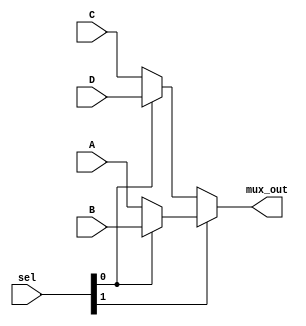
module four_to1_mux (A, B, C, D, sel, mux_out);
input [2:0] A, B, C, D;
input [1:0] sel;
output [2:0] mux_out;


wire [2:0] w1, w2;

assign w1 = sel[0] ? D : C;
assign w2 = sel[0] ? B : A;
assign mux_out = sel[1] ? w2 : w1;


endmodule